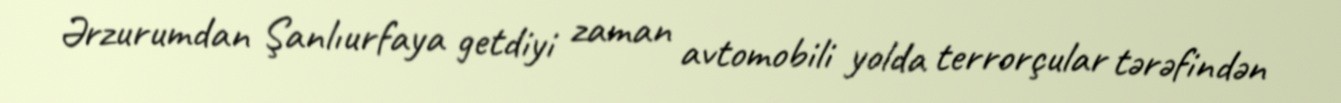
Ərzurumdan Şanlıurfaya getdiyi zaman avtomobili yolda terrorçular tərəfindən